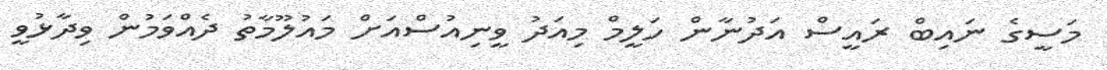
މަސީގެ ނައިބް ރައީސް އަދުނާން ހަލީމް މިއަދު ވީނިއުސްއަށް މައުލޫމާތު ދެއްވަމުން ވިދާޅުވީ